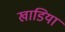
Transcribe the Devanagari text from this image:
खाडियां